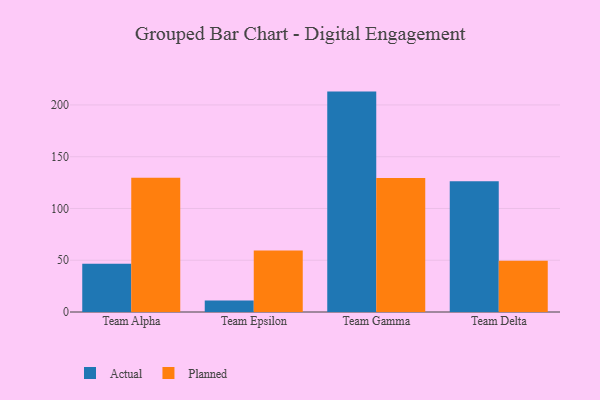
{"axis": {"x": "Team", "y": "Temperature (°C)"}, "legend": ["Actual", "Planned"], "data": [{"x": "Team Alpha", "y": 46.5, "type": "Actual"}, {"x": "Team Alpha", "y": 129.6, "type": "Planned"}, {"x": "Team Epsilon", "y": 11.0, "type": "Actual"}, {"x": "Team Epsilon", "y": 59.4, "type": "Planned"}, {"x": "Team Gamma", "y": 212.9, "type": "Actual"}, {"x": "Team Gamma", "y": 129.4, "type": "Planned"}, {"x": "Team Delta", "y": 126.3, "type": "Actual"}, {"x": "Team Delta", "y": 49.6, "type": "Planned"}]}